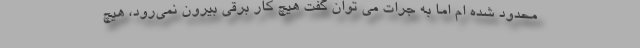
محدود شده ام اما به جرات می توان گفت هیچ کار برقی بیرون نمی‌رود، هیچ